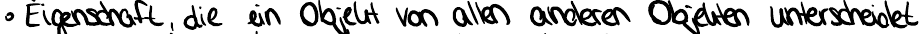
Eigenschaft, die ein Objekt von allen anderen Objekten unterscheidet